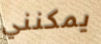
يمكنني